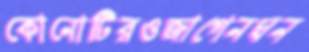
কোনোটিরওজাগেনঘন